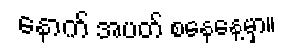
နောက် အပတ် စနေနေ့မှာ။